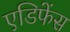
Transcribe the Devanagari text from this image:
एडिफेंस